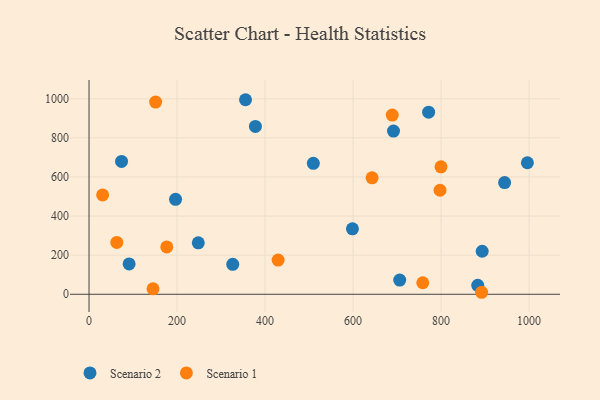
{"axis": {"x": "Engine Size", "y": "Demand"}, "legend": ["Scenario 1", "Scenario 2"], "data": [{"x": "771.7", "y": 931.4, "type": "Scenario 2"}, {"x": "509.7", "y": 669.8, "type": "Scenario 2"}, {"x": "196.6", "y": 485.5, "type": "Scenario 2"}, {"x": "248.3", "y": 263.3, "type": "Scenario 2"}, {"x": "883.3", "y": 46.0, "type": "Scenario 2"}, {"x": "355.6", "y": 995.2, "type": "Scenario 2"}, {"x": "378.1", "y": 858.5, "type": "Scenario 2"}, {"x": "326.6", "y": 153.4, "type": "Scenario 2"}, {"x": "691.9", "y": 834.7, "type": "Scenario 2"}, {"x": "996.1", "y": 672.9, "type": "Scenario 2"}, {"x": "598.6", "y": 334.7, "type": "Scenario 2"}, {"x": "73.9", "y": 679.8, "type": "Scenario 2"}, {"x": "944.4", "y": 571.6, "type": "Scenario 2"}, {"x": "91.1", "y": 155.4, "type": "Scenario 2"}, {"x": "893.4", "y": 220.1, "type": "Scenario 2"}, {"x": "706.0", "y": 72.8, "type": "Scenario 2"}, {"x": "643.2", "y": 595.8, "type": "Scenario 1"}, {"x": "758.4", "y": 58.8, "type": "Scenario 1"}, {"x": "429.7", "y": 174.8, "type": "Scenario 1"}, {"x": "892.2", "y": 10.2, "type": "Scenario 1"}, {"x": "689.0", "y": 916.5, "type": "Scenario 1"}, {"x": "63.1", "y": 265.2, "type": "Scenario 1"}, {"x": "799.8", "y": 651.9, "type": "Scenario 1"}, {"x": "30.9", "y": 508.0, "type": "Scenario 1"}, {"x": "151.4", "y": 983.0, "type": "Scenario 1"}, {"x": "176.7", "y": 242.3, "type": "Scenario 1"}, {"x": "145.4", "y": 28.1, "type": "Scenario 1"}, {"x": "797.6", "y": 532.2, "type": "Scenario 1"}]}